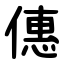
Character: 僡